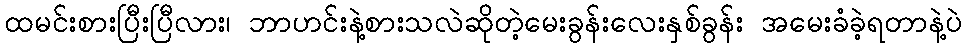
ထမင်းစားပြီးပြီလား၊ ဘာဟင်းနဲ့စားသလဲဆိုတဲ့မေးခွန်းလေးနှစ်ခွန်း အမေးခံခဲ့ရတာနဲ့ပဲ